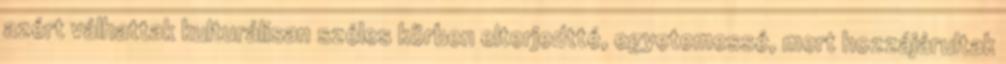
azért válhattak kulturálisan széles körben elterjedtté, egyetemessé, mert hozzájárultak